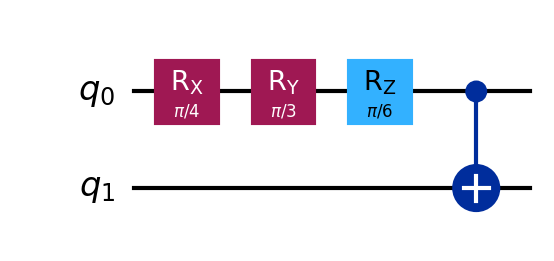
Description: Sequential Rx-Ry-Rz rotations followed by CNOT
描述: 连续Rx-Ry-Rz旋转后接CNOT
Category: gate_coverage (difficulty: basic)
Qubits: 2, circuit depth: 4

Braket implementation:
import math
from braket.circuits import Circuit
circuit = Circuit()
circuit.rx(0, math.pi / 4)
circuit.ry(0, math.pi / 3)
circuit.rz(0, math.pi / 6)
circuit.cnot(0, 1)